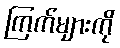
ကြက်များကို